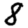
Digit: 8